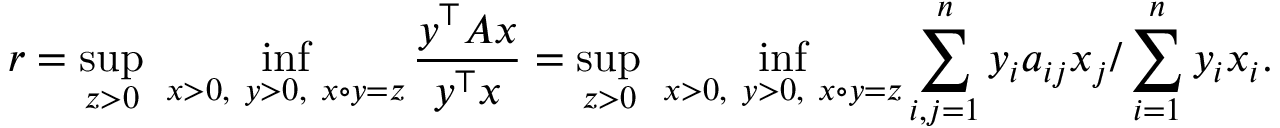
r = \operatorname* { s u p } _ { z > 0 } \ \operatorname* { i n f } _ { x > 0 , \ y > 0 , \ x \circ y = z } { \frac { y ^ { \top } A x } { y ^ { \top } x } } = \operatorname* { s u p } _ { z > 0 } \ \operatorname* { i n f } _ { x > 0 , \ y > 0 , \ x \circ y = z } \sum _ { i , j = 1 } ^ { n } y _ { i } a _ { i j } x _ { j } / \sum _ { i = 1 } ^ { n } y _ { i } x _ { i } .